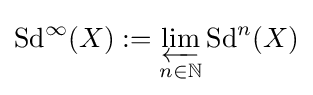
\operatorname {Sd} ^{\infty }(X):=\varprojlim _{n\in \mathbb {N} }\operatorname {Sd} ^{n}(X)